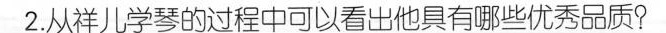
2.从祥儿学琴的过程中可以看出他具有哪些优秀品质?